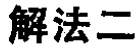
解法二